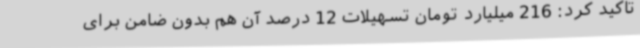
تاکید کرد: 216 میلیارد تومان تسهیلات 12 درصد آن هم بدون ضامن برای